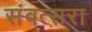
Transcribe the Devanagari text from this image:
संवत्सरा